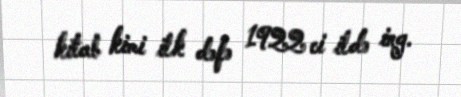
kitab kimi ilk dəfə 1922 ci ildə ing.